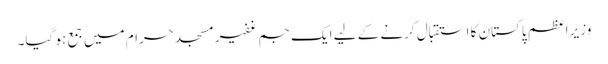
وزیر اعظم پاکستان کا استقبال کرنے کے لیے ایک جم غفیرمسجد حرام میں جمع ہو گیا۔